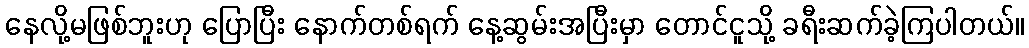
နေလို့မဖြစ်ဘူးဟု ပြောပြီး နောက်တစ်ရက် နေ့ဆွမ်းအပြီးမှာ တောင်ငူသို့ ခရီးဆက်ခဲ့ကြပါတယ်။